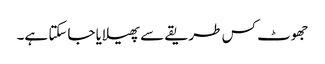
جھوٹ کس طریقے سے پھیلایا جاسکتا ہے۔